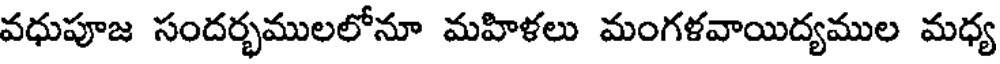
వధుపూజ సందర్భములలోనూ మహిళలు మంగళవాయిద్యముల మధ్య